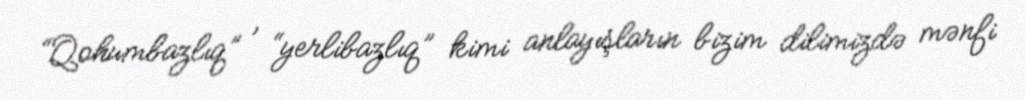
“Qohumbazlıq” , “yerlibazlıq” kimi anlayışların bizim dilimizdə mənfi